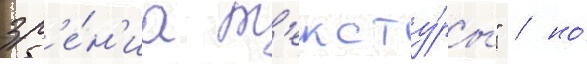
зр'е́н'иа т'ексту́ры" / но́